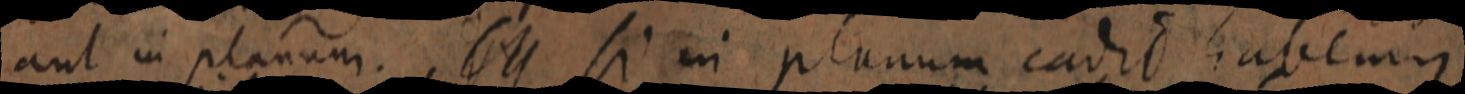
aut in planum. si in planum eadit habemus